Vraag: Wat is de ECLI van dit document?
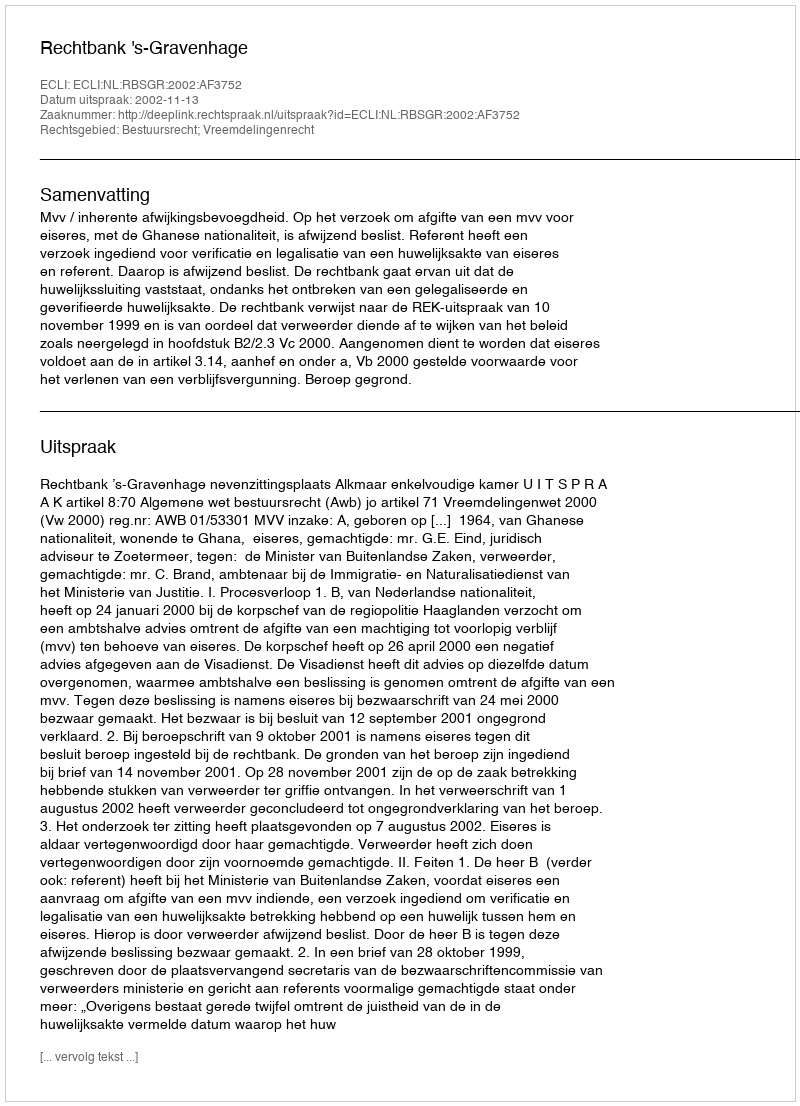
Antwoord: ECLI:NL:RBSGR:2002:AF3752